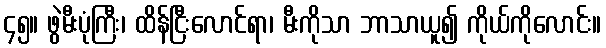
၄၅။ ဖွဲမီးပုံကြီး၊ ထိန်ငြီးလောင်ရာ၊ မီးကိုသာ ဘာသာယူ၍ ကိုယ်ကိုလောင်း။